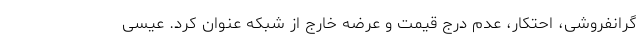
گرانفروشی، احتکار، عدم درج قیمت و عرضه خارج از شبکه عنوان کرد. عیسی